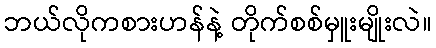
ဘယ်လိုကစားဟန်နဲ့ တိုက်စစ်မှူးမျိုးလဲ။